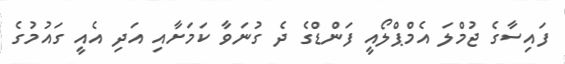
ފައިސާގެ ޖުމްލަ އެމްޕްލޯއީ ފަންޑްގެ ދެ ގުނަވާ ކަމަށާއި އަދި އެއީ ގައުމުގެ